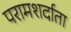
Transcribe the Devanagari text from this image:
परामशर्दाता